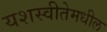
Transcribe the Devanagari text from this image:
यशस्वीतेमधील